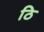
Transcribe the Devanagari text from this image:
ठि